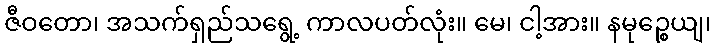
ဇီဝတော၊ အသက်ရှည်သရွေ့ ကာလပတ်လုံး။ မေ၊ ငါ့အား။ နမုဉ္စေယျ၊